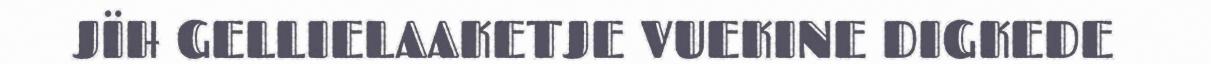
JÏH GELLIELAAKETJE VUEKINE DIGKEDE